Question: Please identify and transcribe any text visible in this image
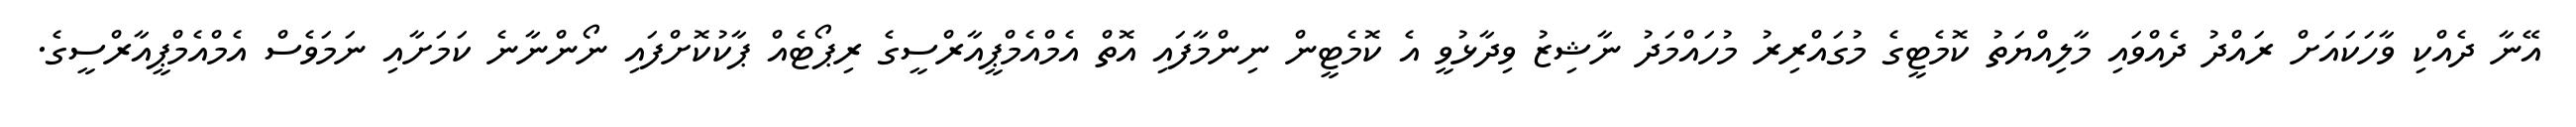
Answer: އޭނާ ދެއްކި ވާހަކައަށް ރައްދު ދެއްވައި މާލިއްޔަތު ކޮމެޓީގެ މުގައްރިރު މުހައްމަދު ނާޝިޒު ވިދާޅުވީ އެ ކޮމެޓީން ނިންމާފައި އޮތް އެމްއެމްޕީއާރްސީގެ ރިޕޯޓެއް ޕާކުކޮށްފައި ނޯންނާނެ ކަމަށާއި ނަމަވެސް އެމްއެމްޕީއާރްސީގެ.